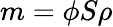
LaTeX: m=\phi S\rho